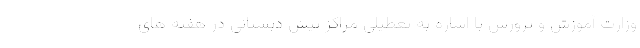
وزارت آموزش و پرورش با اشاره به تعطیلی مراکز پیش دبستانی در هفته های